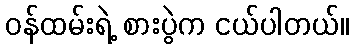
ဝန်ထမ်းရဲ့ စားပွဲက ငယ်ပါတယ်။